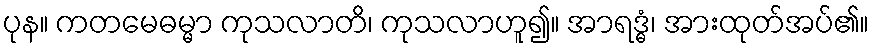
ပုန။ ကတမေဓမ္မာ ကုသလာတိ၊ ကုသလာဟူ၍။ အာရဒ္ဓံ၊ အားထုတ်အပ်၏။